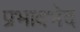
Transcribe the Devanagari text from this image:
प्रभावभेद